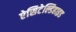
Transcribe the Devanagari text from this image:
ऐसिटेल्डिहाइड